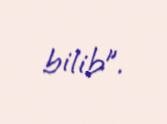
bilib”.